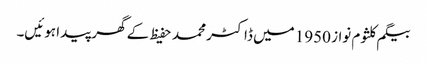
بیگم کلثوم نواز 1950 میں ڈاکٹر محمد حفیظ کے گھر پیدا ہوئیں۔